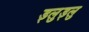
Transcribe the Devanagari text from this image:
ड्लुड्लु